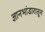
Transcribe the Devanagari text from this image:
ज्ञानभांडारातून